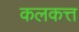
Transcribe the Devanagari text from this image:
कलकत्त